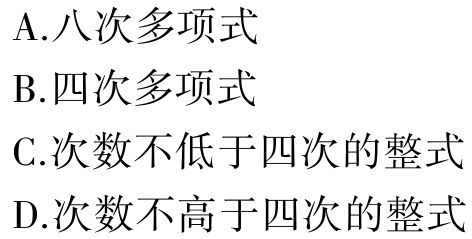
A.八次多项式

B.四次多项式

C.次数不低于四次的整式

D.次数不高于四次的整式